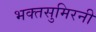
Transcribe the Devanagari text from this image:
भक्तसुमिरनी